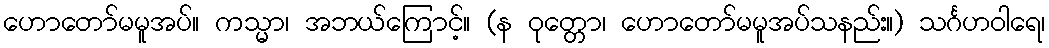
ဟောတော်မမူအပ်။ ကသ္မာ၊ အဘယ်ကြောင့်။ (န ဝုတ္တော၊ ဟောတော်မမူအပ်သနည်း။) သင်္ဂဟဝါရေ၊